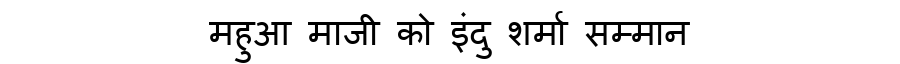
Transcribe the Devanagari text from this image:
महुआ माजी को इंदु शर्मा सम्मान